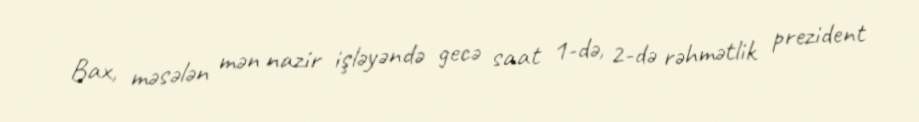
Bax, məsələn mən nazir işləyəndə gecə saat 1-də, 2-də rəhmətlik prezident